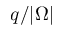
q / | \Omega |